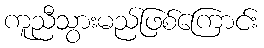
ကူညီသွားမည်ဖြစ်ကြောင်း